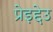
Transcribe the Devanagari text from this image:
प्रेइद्देउ